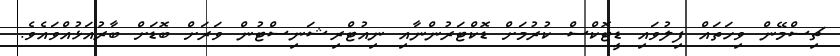
ޗިސްމޭން ވިހަތައް ފިލުވައި ޑީޓޮކްސް ކުރުމަށް ޑޮކްޓަރުންނާއި ނިއުޓްރިޝަނިސްޓުން ވަރަށް ބޮޑަށް ބާރުއަޅުއްވައެވެ.